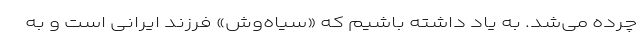
چرده می‌شد. به یاد داشته باشیم که «سیاه‌وش» فرزند ایرانی است و به